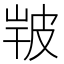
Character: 𤿣